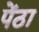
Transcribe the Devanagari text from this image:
पेंठा